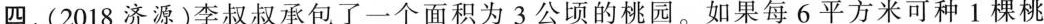
四、(2018济源)李叔叔承包了一个面积为3公顷的桃园。如果每6平方米可种1棵桃